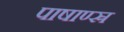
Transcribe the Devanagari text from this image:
पाषाण्स्र